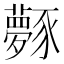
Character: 𧲎